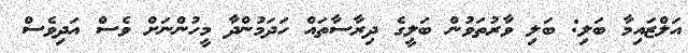
އަލްޒައިމާ ބަލި: ބަލި ވާރުތަވުން ބަލީގެ ދިރާސާތައް ހަދަމުންދާ މީހުންނަށް ވެސް އަދިވެސް